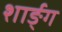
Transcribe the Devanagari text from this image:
शार्ङ्‍ग